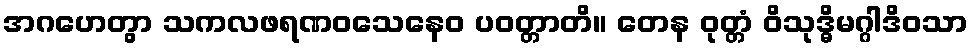
အဂဟေတွာ သကလဖရဏဝသေနေဝ ပဝတ္တာတိ။ တေန ဝုတ္တံ ဝိသုဒ္ဓိမဂ္ဂါဒိဝသာ